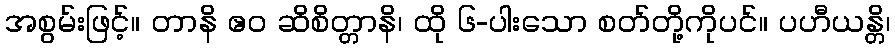
အစွမ်းဖြင့်။ တာနိ ဧဝ ဆိစိတ္တာနိ၊ ထို ၆-ပါးသော စတ်တို့ကိုပင်။ ပဟီယန္တိ၊